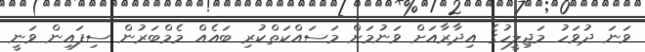
ވަނަ ދުވަހު މަޖިލީހުގެ އިދާރާއަށް ވަނުމަށް މަސައްކަތްކުރި ބައެއް މެމްބަރުން ސިފައިން ވަނީ